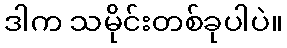
ဒါက သမိုင်းတစ်ခုပါပဲ။